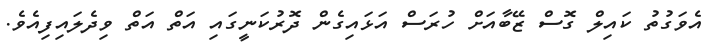
އެވަގުތު ކައިލް ގޮސް ޒޭބާއަށް ހުރަސް އަޅައިގެން ދޮރުކަނީގައި އަތް އަތް ވިދެލައިފިއެވެ.